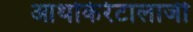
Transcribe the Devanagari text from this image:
आर्थोकेरेटालाजी